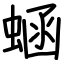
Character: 蜬